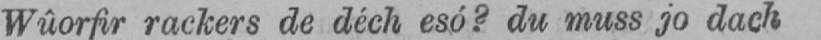
Wûorfir rackers de déch esó? du muss jo dach